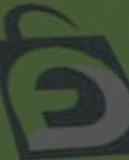
D